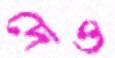
দেও